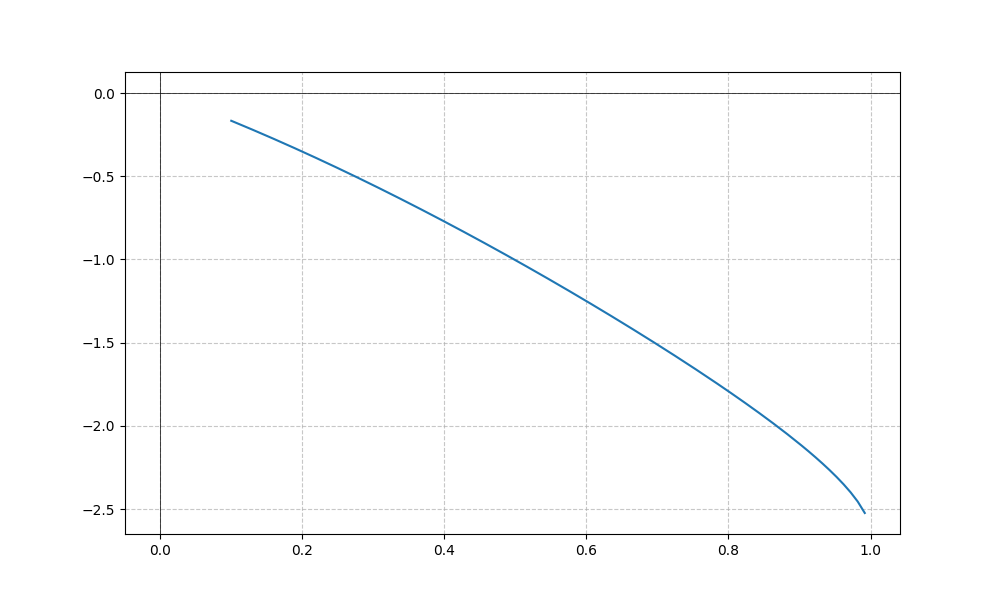
LaTeX formula: - \sin{\left(x \right)} \operatorname{acos}{\left(- x \right)}